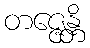
တဇ္ဇေန္တိ